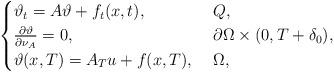
LaTeX: \begin{align*}\begin{cases}\vartheta_t=A\vartheta+f_t(x,t), &\ Q,\\\frac{\partial \vartheta}{\partial \nu_{A}}=0, &\ \partial\Omega\times(0,T+\delta_0),\\\vartheta(x,T)=A_{T} u+f(x,T), &\ \Omega,\end{cases}\end{align*}